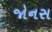
જોનસ